Vaccination North-Western Provinces and Oudh 1896-1901 - 1896-1901
Year: 1896
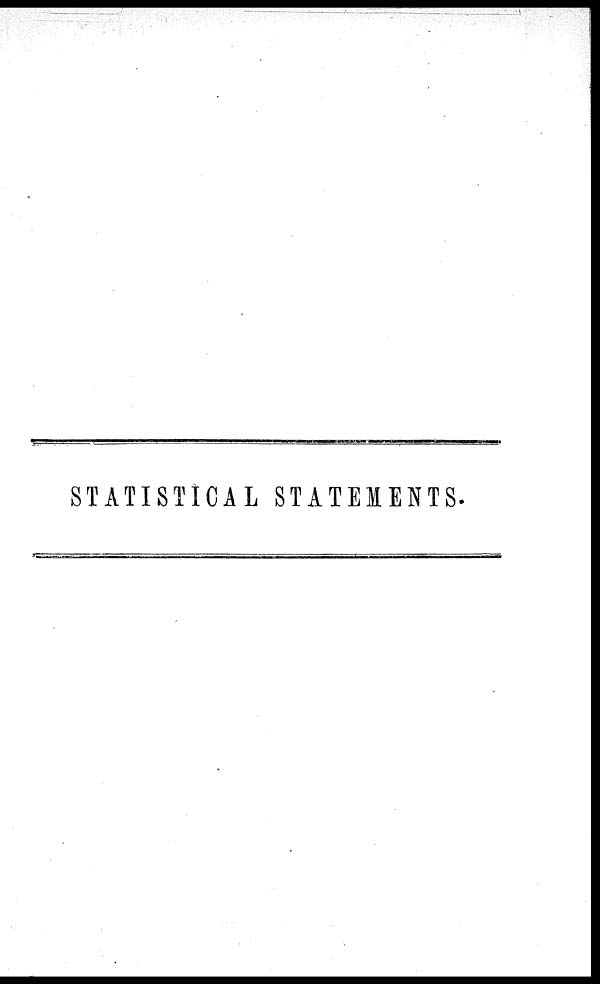
STATISTICAL STATEMENTS.